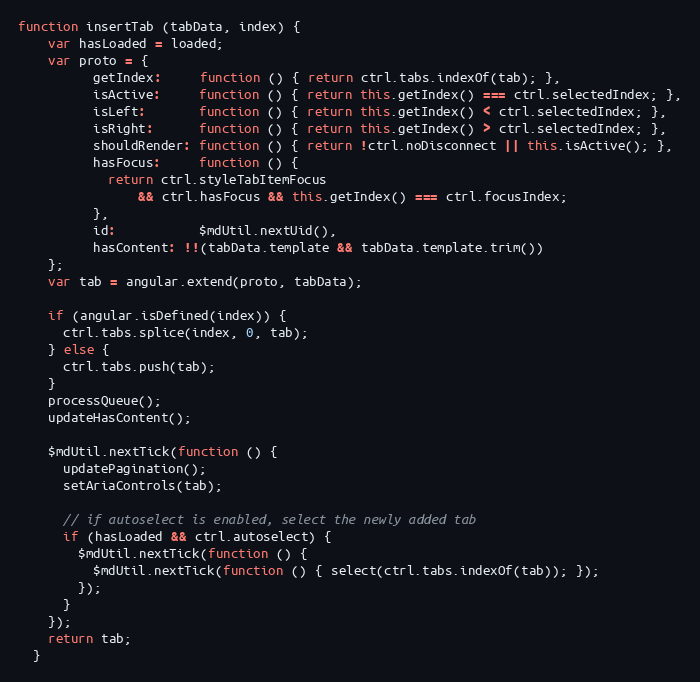
Language: JavaScript
function insertTab (tabData, index) {
    var hasLoaded = loaded;
    var proto = {
          getIndex:     function () { return ctrl.tabs.indexOf(tab); },
          isActive:     function () { return this.getIndex() === ctrl.selectedIndex; },
          isLeft:       function () { return this.getIndex() < ctrl.selectedIndex; },
          isRight:      function () { return this.getIndex() > ctrl.selectedIndex; },
          shouldRender: function () { return !ctrl.noDisconnect || this.isActive(); },
          hasFocus:     function () {
            return ctrl.styleTabItemFocus
                && ctrl.hasFocus && this.getIndex() === ctrl.focusIndex;
          },
          id:           $mdUtil.nextUid(),
          hasContent: !!(tabData.template && tabData.template.trim())
    };
    var tab = angular.extend(proto, tabData);

    if (angular.isDefined(index)) {
      ctrl.tabs.splice(index, 0, tab);
    } else {
      ctrl.tabs.push(tab);
    }
    processQueue();
    updateHasContent();

    $mdUtil.nextTick(function () {
      updatePagination();
      setAriaControls(tab);

      // if autoselect is enabled, select the newly added tab
      if (hasLoaded && ctrl.autoselect) {
        $mdUtil.nextTick(function () {
          $mdUtil.nextTick(function () { select(ctrl.tabs.indexOf(tab)); });
        });
      }
    });
    return tab;
  }